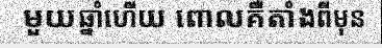
មួយឆ្នាំហើយ ពោលគឺតាំងពីមុន